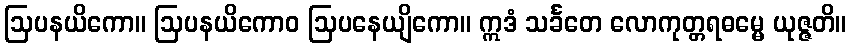
ဩပနယိကော။ ဩပနယိကောဝ ဩပနေယျိကော။ ဣဒံ သင်္ခတေ လောကုတ္တရဓမ္မေ ယုဇ္ဇတိ။